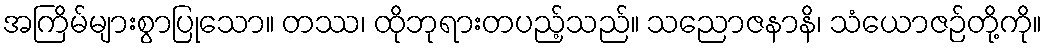
အကြိမ်များစွာပြုသော။ တဿ၊ ထိုဘုရားတပည့်သည်။ သညောဇနာနိ၊ သံယောဇဉ်တို့ကို။